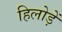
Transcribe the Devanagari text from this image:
हिलोड़ें